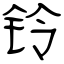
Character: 铃